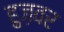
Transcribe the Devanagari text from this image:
हुज़वर